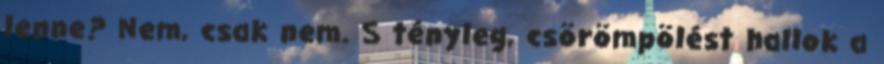
lenne? Nem, csak nem. S tényleg, csörömpölést hallok a